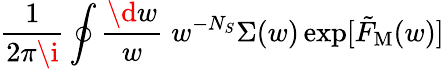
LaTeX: \frac{1}{2\pi\i}\oint\frac{\d w}{w}\; w^{-{N_{S}}}\Sigma(w)\exp[{\tilde{F}}_{\mathrm{M}}(w)]